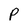
Character: P